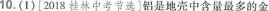
10.(1)[2018桂林中考节选]铝是地壳中含量最多的金